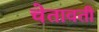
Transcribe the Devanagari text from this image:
चेतावती